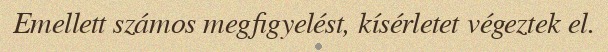
Emellett számos megfigyelést, kísérletet végeztek el.